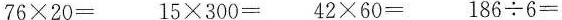
$$7 6 \times 2 0=$$ $$1 5 \times 3 0 0 = $$ $$4 2 \times 6 0 =$$ $$1 8 6 \div 6 =$$